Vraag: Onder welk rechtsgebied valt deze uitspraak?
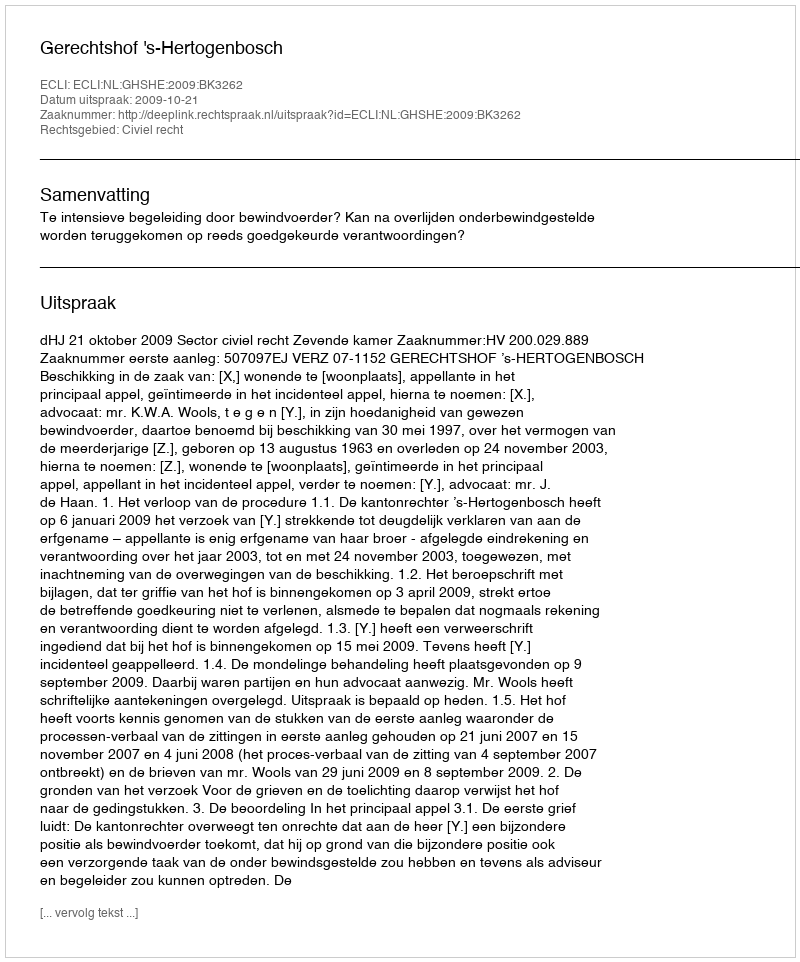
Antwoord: Civiel recht